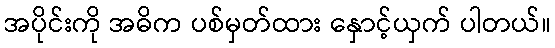
အပိုင်းကို အဓိက ပစ်မှတ်ထား နှောင့်ယှက် ပါတယ်။